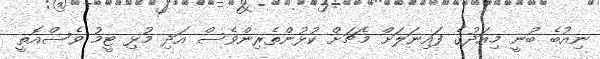
ނިއުބެ ބުނީ މިއަދުގެ ފައިނަލަށް މެޗަށް ކުޅުންތެރިންވެސް އަދި މުޅި ޓީމު ވެސްއޮތީ